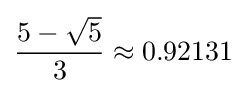
{\frac {5-{\sqrt {5}}}{3}}\approx 0.92131